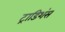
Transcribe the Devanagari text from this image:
ट्राडिशंस